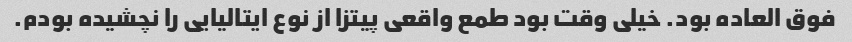
فوق العاده بود. خیلی وقت بود طمع واقعی پیتزا از نوع ایتالیایی را نچشیده بودم.